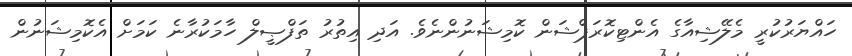
ހައްޔަރުކުރީ މެލޭޝިއާގެ އެންޓިކޮރަޕްޝަން ކޮމިޝަނުންނެވެ. އަދި އިތުރު ތަފްޞީލް ހާމަކުރާނެ ކަމަށް އެކޮމިޝަނުން